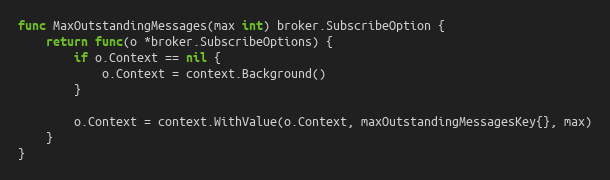
Language: Go
func MaxOutstandingMessages(max int) broker.SubscribeOption {
	return func(o *broker.SubscribeOptions) {
		if o.Context == nil {
			o.Context = context.Background()
		}

		o.Context = context.WithValue(o.Context, maxOutstandingMessagesKey{}, max)
	}
}